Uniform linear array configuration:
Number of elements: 48
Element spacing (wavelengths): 0.75
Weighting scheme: cosine
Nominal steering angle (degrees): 0
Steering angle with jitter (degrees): -0.8303
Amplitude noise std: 0.05
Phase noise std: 0.05

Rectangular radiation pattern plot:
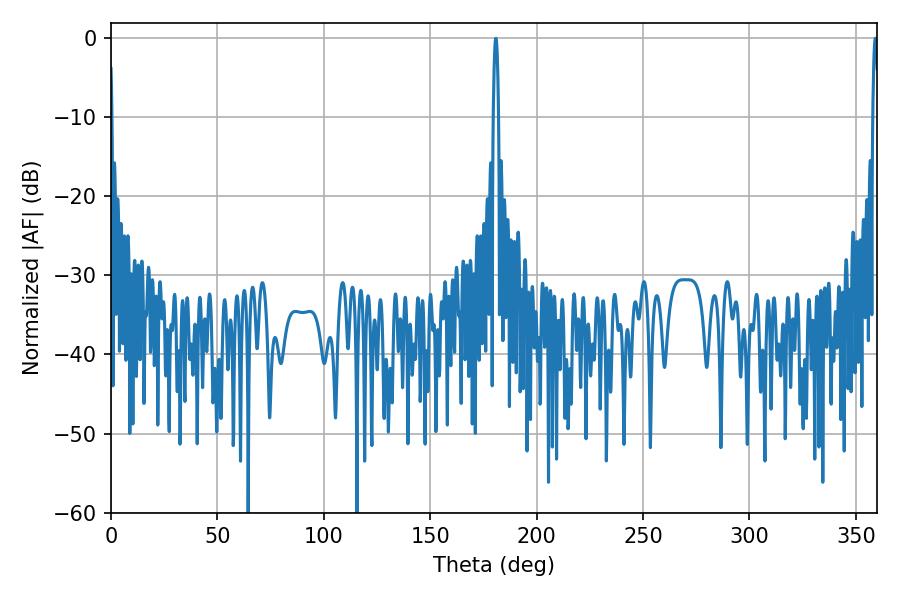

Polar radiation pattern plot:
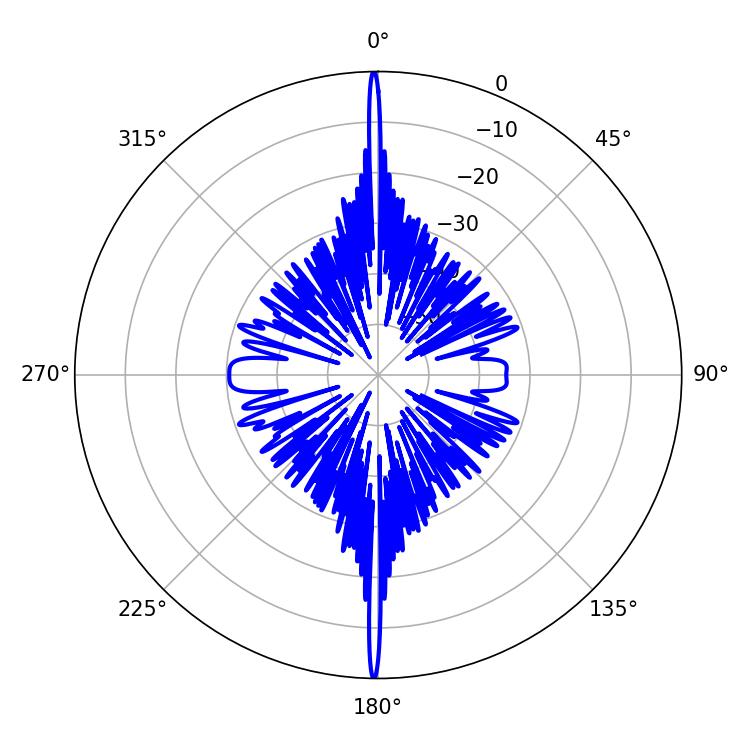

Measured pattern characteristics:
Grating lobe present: TRUE
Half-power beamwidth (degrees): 1.26
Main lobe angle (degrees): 359.1